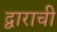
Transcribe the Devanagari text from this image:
द्वाराची